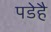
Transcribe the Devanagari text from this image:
पडेहै